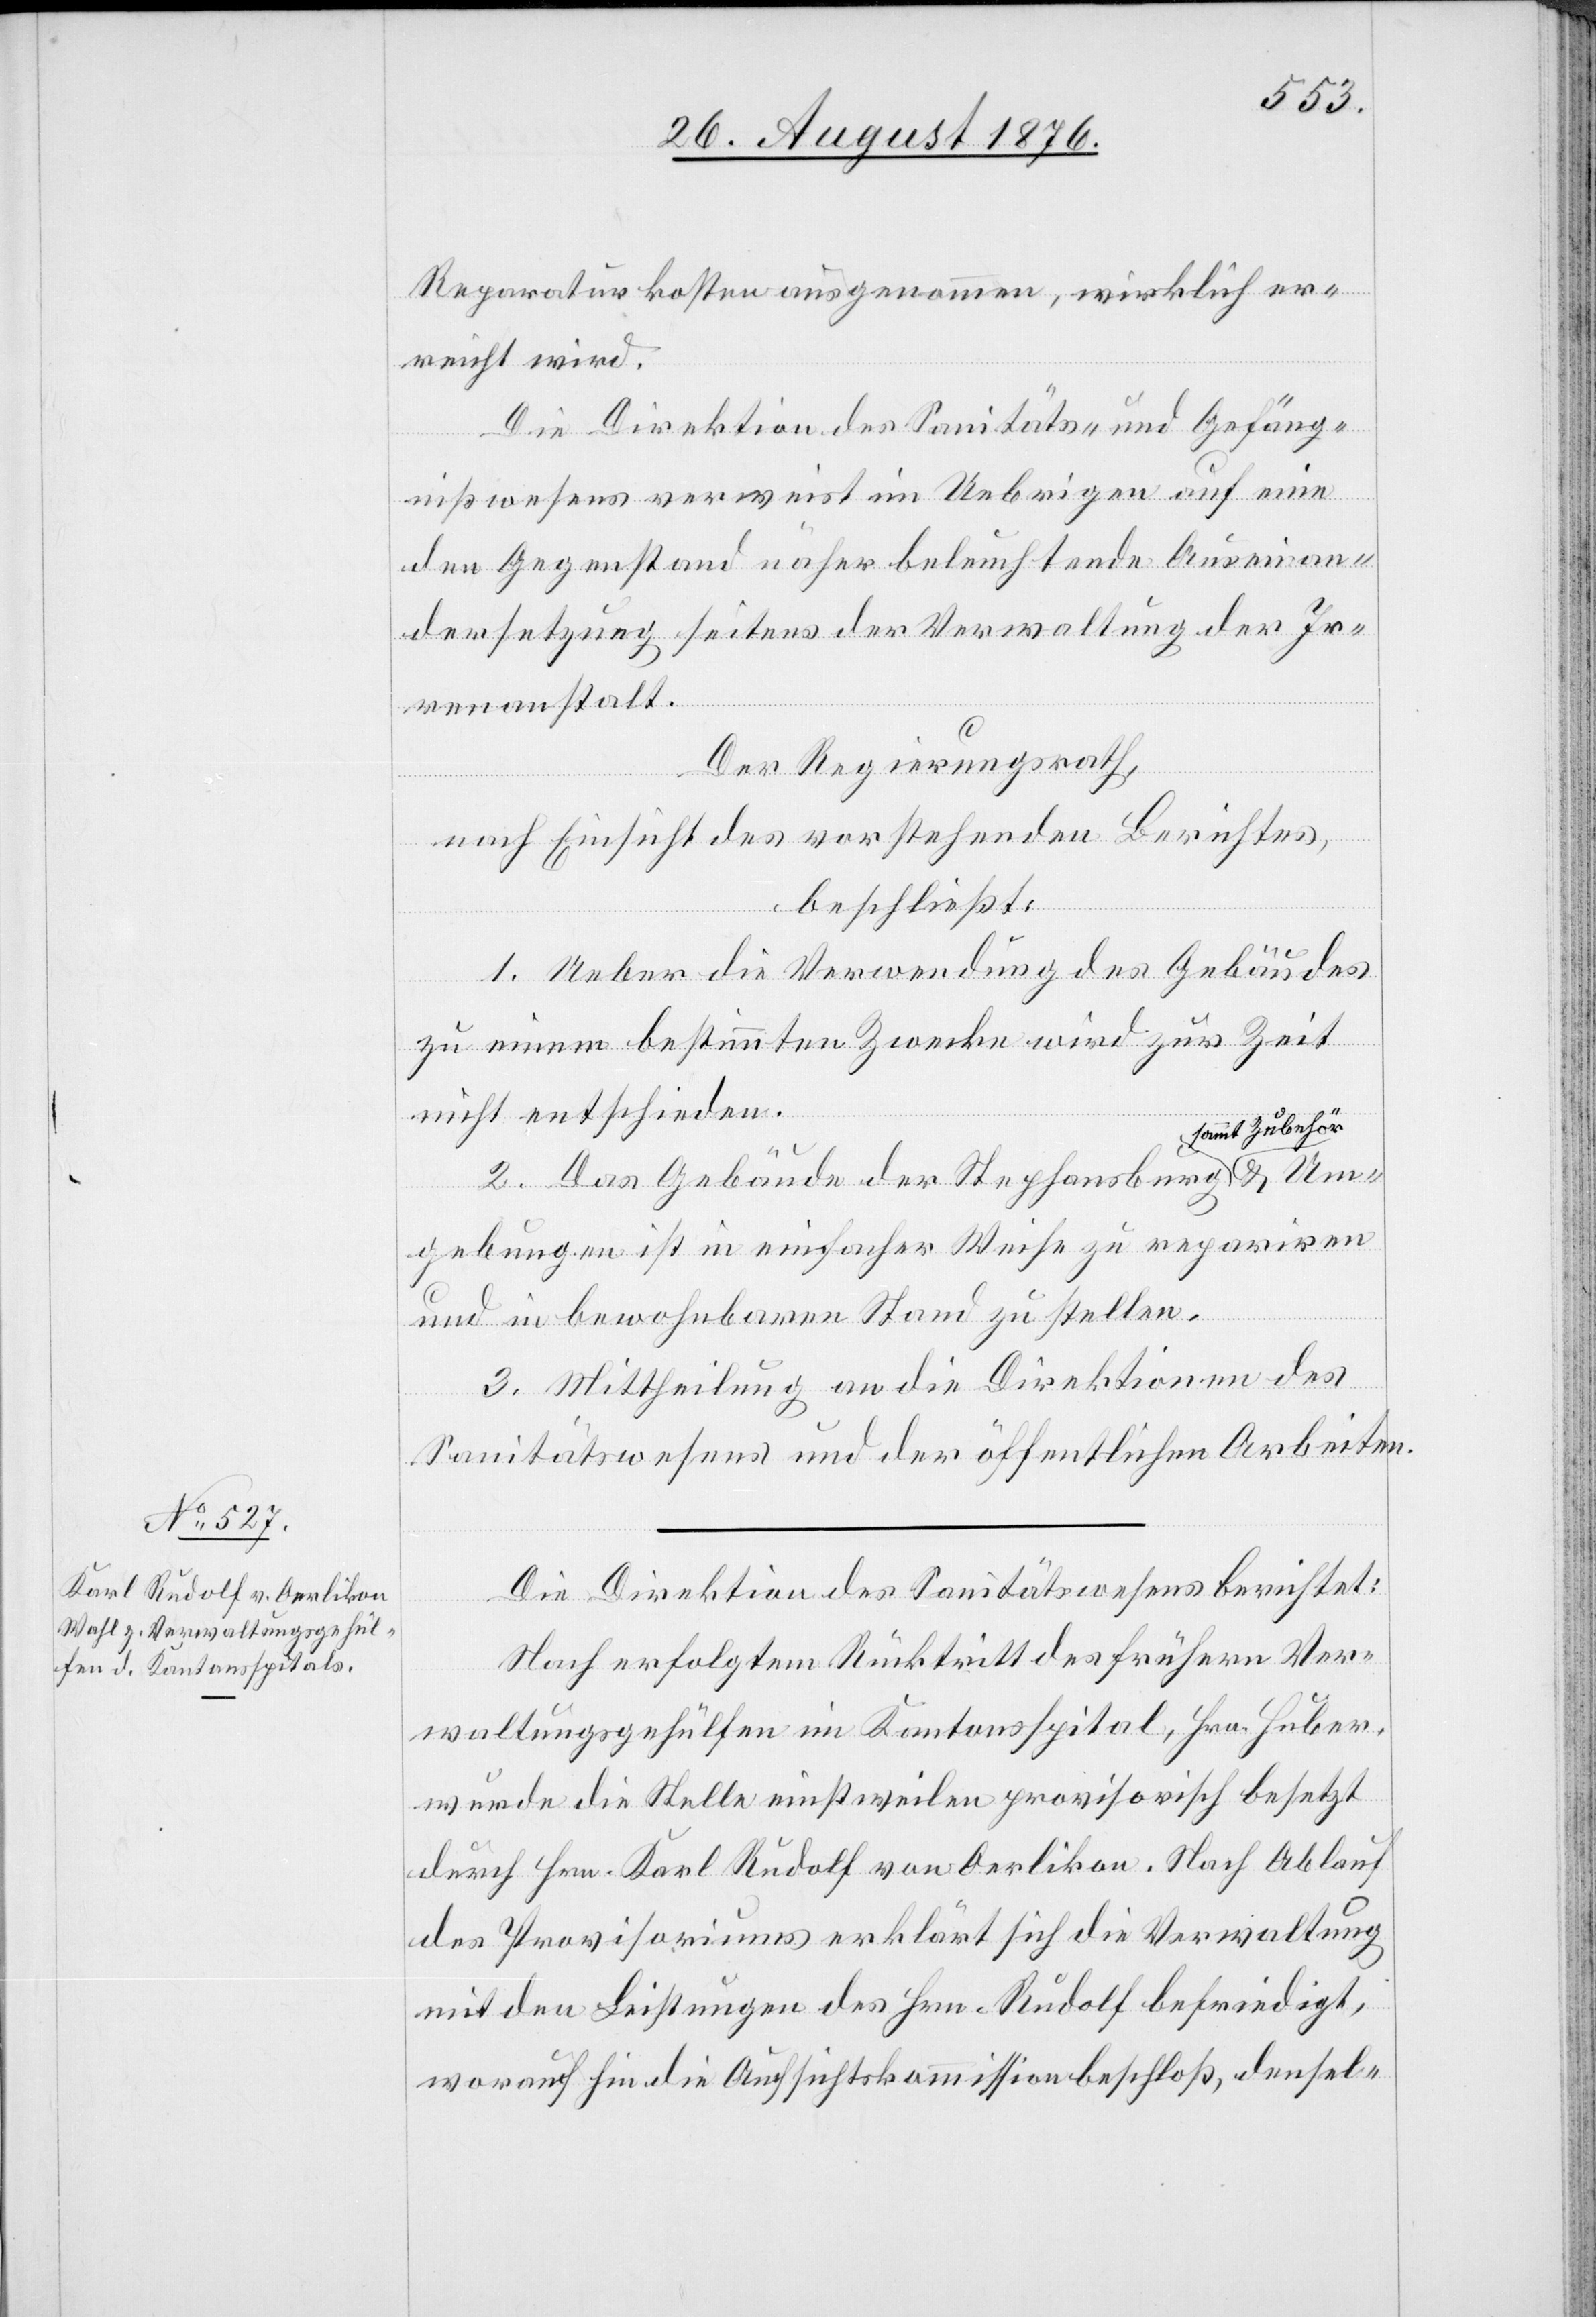
Reparaturkosten ausgenommen, wirklich er¬
reicht wird.
Die Direktion des Sanitäts- und Gefäng¬
nißwesens verweist im Uebrigen auf eine
den Gegenstand näher beleuchtende Auseinan¬
dersetzung seitens der Verwaltung der Ir¬
renanstalt.
Der Regierungsrath,
nach Einsicht des vorstehenden Berichtes,
beschließt:
1. Ueber die Verwendung des Gebäudes
zu einem bestimmten Zwecke wird zur Zeit
nicht entschieden.
mt Zubehör
2. Das Gebäude der Stephansburg a sam¬
Umgebungen ist in einfacher Weise zu repariren
und in bewohnbaren Stand zu stellen.
3. Mittheilung an die Direktionen des
Sanitätswesens und der öffentlichen Arbeiten.
Die Direktion des Sanitätswesens berichtet:
Nach erfolgtem Rücktriff des frühern Ver¬
waltungsgehülfen im Kantonsspital, Hrn. Huber,
wurde die Stelle einstweilen provisorisch besetzt
durch Hrn. Karl Rudolf von Oerlikon. Nach Ablauf
des Provisoriums erklärt sich die Verwaltung
mit den Leistungen des Hrn. Rudolf befriedigt,
woraufhin die Aufsichtskommission beschloß, densel-